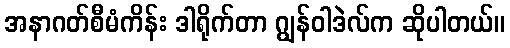
အနာဂတ်စီမံကိန်း ဒါရိုက်တာ ဂျွန်ဝါဒဲလ်က ဆိုပါတယ်။